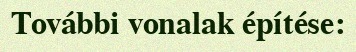
További vonalak építése: